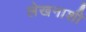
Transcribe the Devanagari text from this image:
लेखनाशी